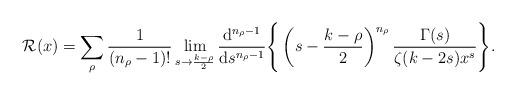
LaTeX: \begin{align*}\mathcal{R}(x)= \sum_{\rho} \frac{1}{(n_\rho - 1)!} & \lim_{s\rightarrow \frac{k-\rho}{2} } \frac{ {\rm d}^{n_\rho -1}}{{\rm d}s^{n_\rho -1 } } \Bigg\{ \left(s- \frac{k-\rho}{2}\right)^{n_\rho} \frac{\Gamma(s) }{\zeta(k-2s)x^s} \Bigg\}.\end{align*}